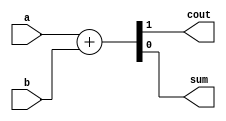
// Half Adder
module HA(cout, sum, a, b);
	input a, b;
	output cout, sum;
	assign {cout, sum} = a + b;
endmodule